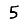
Digit: 5